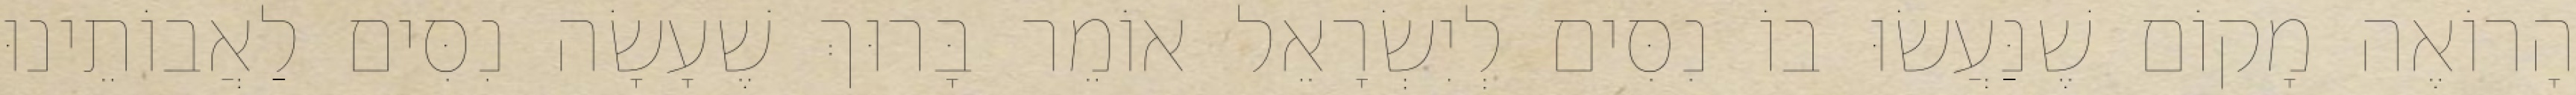
הָרוֹאֶה מָקוֹם שֶׁנַּעֲשׂוּ בוֹ נִסִּים לְיִשְׂרָאֵל אוֹמֵר בָּרוּךְ שֶׁעָשָׂה נִסִּים לַאֲבוֹתֵינוּ